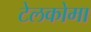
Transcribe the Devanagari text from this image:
टेलकोमा